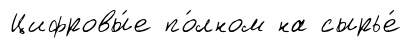
Цифровы́е по́лном на сырье́